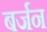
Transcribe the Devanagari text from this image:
बर्जन